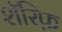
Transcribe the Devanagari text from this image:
शॅरिफ़